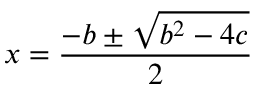
x = { \frac { - b \pm { \sqrt { b ^ { 2 } - 4 c } } } { 2 } }